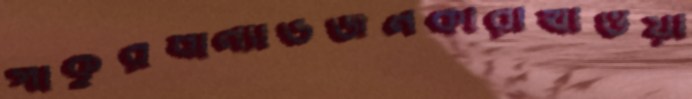
পাকুরধান্যাভজনকারীখাওয়া